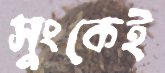
সুংকেই